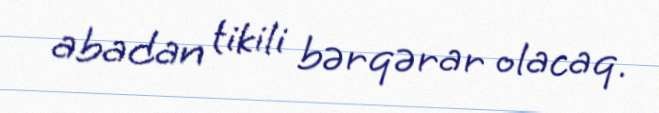
abadan tikili bərqərar olacaq.